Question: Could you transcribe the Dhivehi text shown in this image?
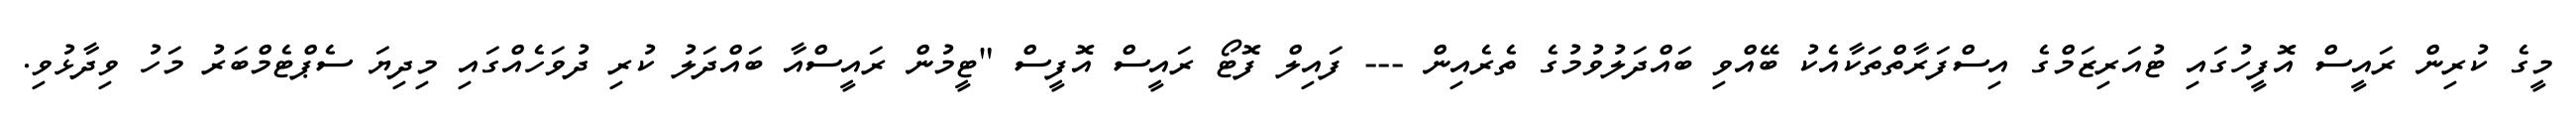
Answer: މީގެ ކުރިން ރައީސް އޮފީހުގައި ޓުއަރިޒަމްގެ އިސްފަރާތްތަކާއެކު ބޭއްވި ބައްދަލުވުމުގެ ތެރެއިން --- ފައިލް ފޮޓޯ ރައީސް އޮފީސް "ޓީމުން ރައީސްއާ ބައްދަލު ކުރި ދުވަހެއްގައި މިދިޔަ ސެޕްޓެމްބަރު މަހު ވިދާޅުވި.